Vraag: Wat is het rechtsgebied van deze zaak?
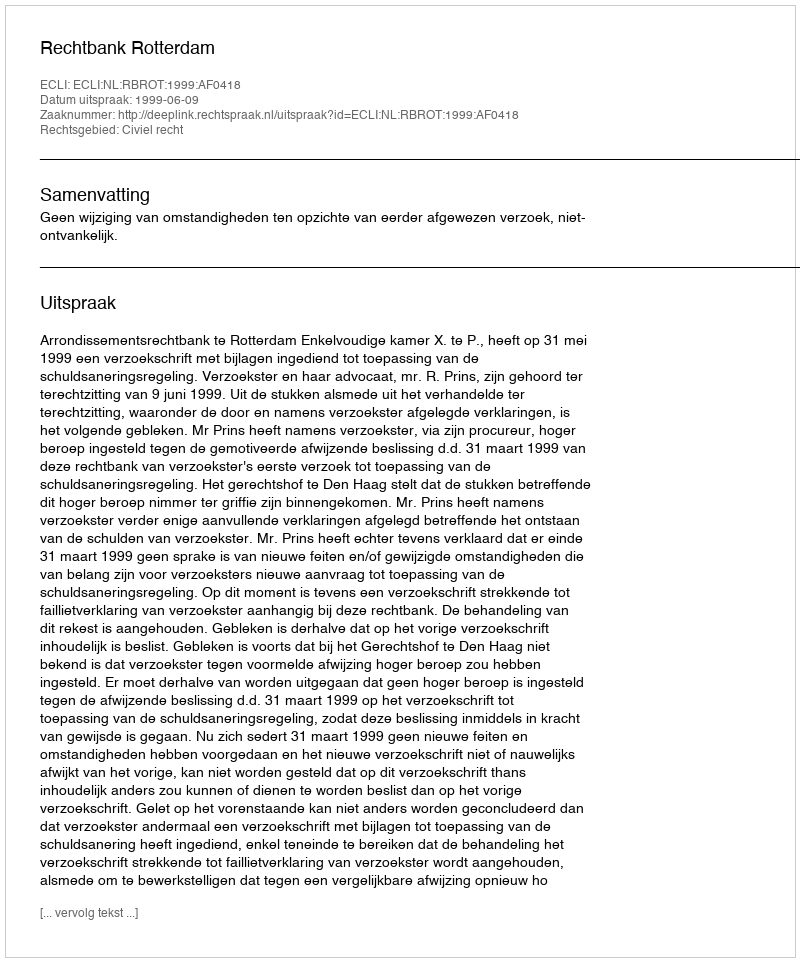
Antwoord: Civiel recht